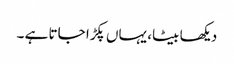
دیکھا بیٹا، یہاں پکڑا جاتا ہے ۔